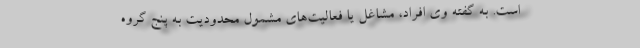
است. به گفته وی افراد، مشاغل یا فعالیت‌های مشمول محدودیت به پنج گروه